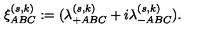
\xi _ { A B C } ^ { ( s , k ) } : = ( \lambda _ { + A B C } ^ { ( s , k ) } + i \lambda _ { - A B C } ^ { ( s , k ) } ) .